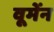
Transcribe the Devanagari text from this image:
वूमेंन